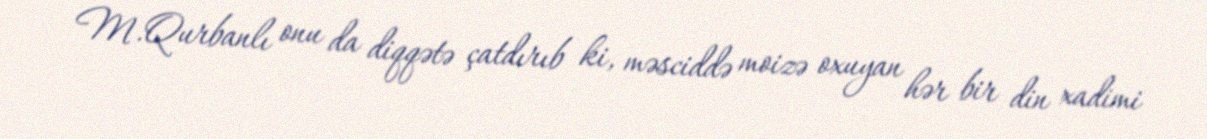
M.Qurbanlı onu da diqqətə çatdırıb ki, məsciddə moizə oxuyan hər bir din xadimi